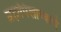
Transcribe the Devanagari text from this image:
ब्रह्मपिशाच्चाचे